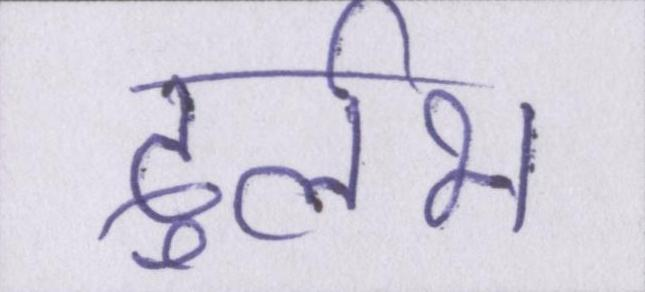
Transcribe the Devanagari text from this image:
दुर्लभ